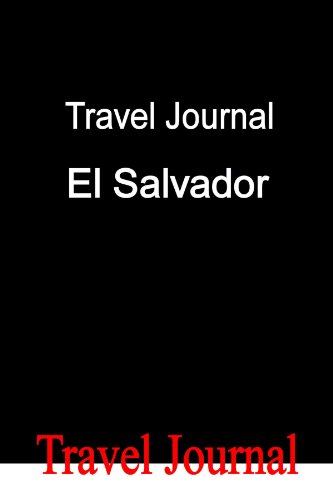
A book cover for Travel Journal El Salvador; E Locken; Travel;